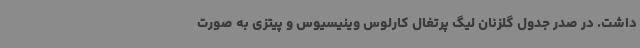
داشت. در صدر جدول گلزنان لیگ پرتغال کارلوس وینیسیوس و پیتزی به صورت